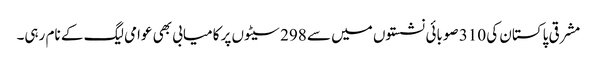
مشرقی پاکستان کی 310 صوبائی نشستوں میں سے 298 سیٹوں پر کامیابی بھی عوامی لیگ کے نام رہی۔